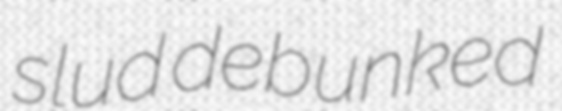
slud debunked